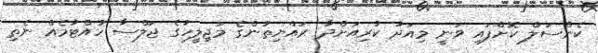
ކެންސަލް ކޮށްފައި ވަނީ މިއަދު ކުރިއަށްދާ ރައްޔިތުންގެ މަޖިލީހުގެ ޖަލްސާ ހުއްޓުމެއް ނެތި